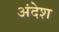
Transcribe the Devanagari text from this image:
अंदेश